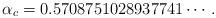
LaTeX: \begin{align*}\alpha_c=0.5708751028937741\cdots.\end{align*}